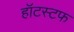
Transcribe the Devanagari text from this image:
हॉटस्टफ